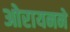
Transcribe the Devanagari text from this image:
ओरायनने